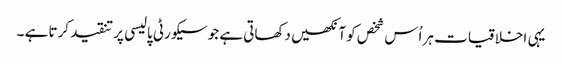
یہی اخلاقیات ہر اُس شخص کو آنکھیں دکھاتی ہے جو سیکورٹی پالیسی پر تنقید کرتا ہے ۔